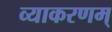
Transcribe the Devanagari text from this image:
व्याकरणम्